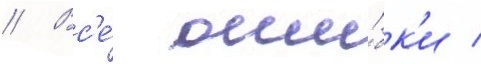
// Вс'е́ оши́бк'и /